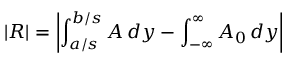
\left| R \right| = \left| \int _ { a / s } ^ { b / s } A \, d y - \int _ { - \infty } ^ { \infty } A _ { 0 } \, d y \right|